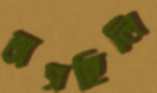
ভাসছিলি